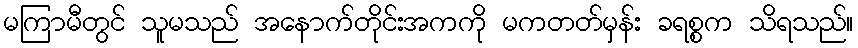
မကြာမီတွင် သူမသည် အနောက်တိုင်းအကကို မကတတ်မှန်း ခရစ္စက သိရသည်။